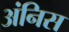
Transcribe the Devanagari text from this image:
अंनिस